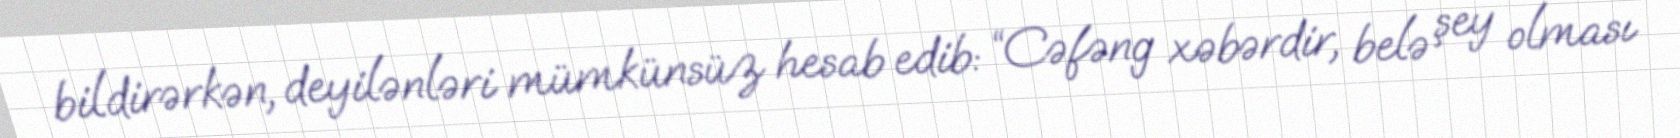
bildirərkən, deyilənləri mümkünsüz hesab edib: “Cəfəng xəbərdir, belə şey olması